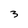
Character: 3